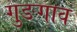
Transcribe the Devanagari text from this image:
गुङगाव